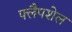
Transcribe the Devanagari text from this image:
फ्लैपशेल